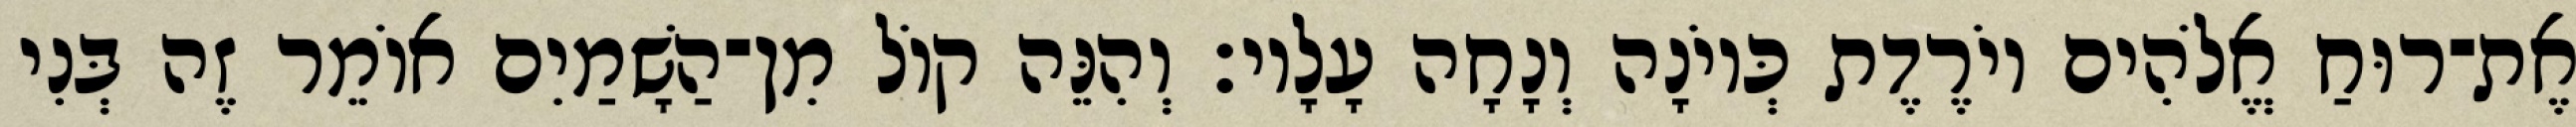
אֶת־רוּחַ אֱלֹהִים יוֹרֶדֶת כְּיוֹנָה וְנָחָה עָלָיו׃ וְהִנֵּה קוֹל מִן־הַשָׁמַיִם אוֹמֵר זֶה בְּנִי